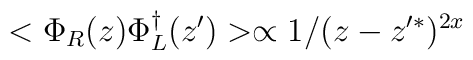
<\Phi_R(z)\Phi_L^\dagger (z')> \propto1/(z-z'^*)^{2x}